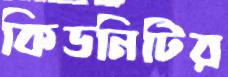
কিডনিটির